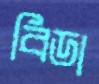
বিডা